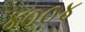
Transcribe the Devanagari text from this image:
४००४